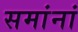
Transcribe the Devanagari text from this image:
समांनां